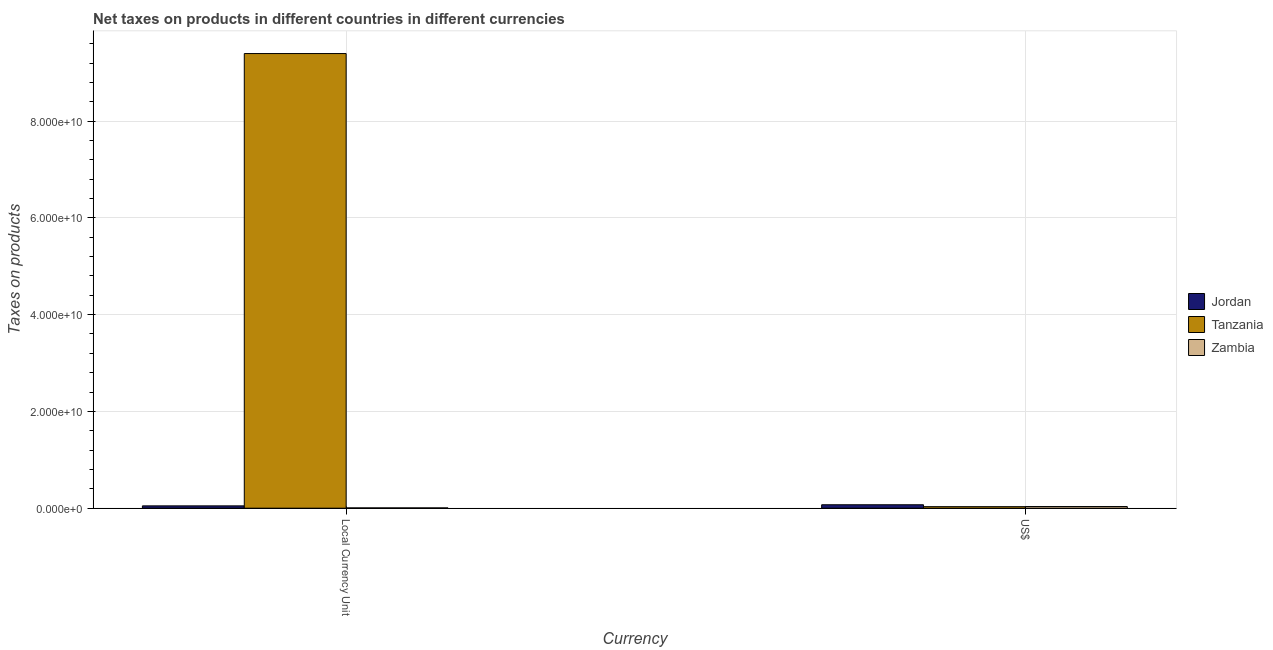
| Currency | Jordan | Tanzania | Zambia |
 | --- | --- | --- | --- |
 | Local Currency Unit | 4.82e+08 | 9.4e+10 | 6.09e+07 |
 | US$ | 7.08e+08 | 3.16e+08 | 3.4e+08 |